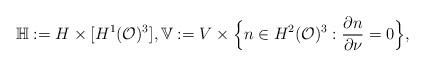
LaTeX: \begin{align*}\mathbb{H}: = H \times [ H^1(\mathcal{O})^3 ], \mathbb{V}:= V\times \Big\{n\in H^2(\mathcal{O})^3 : \frac{\partial n}{\partial \nu} = 0 \Big\} ,\end{align*}